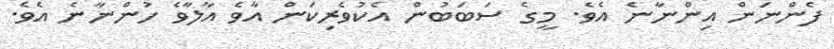
ފެންނަން އިންނާނެ އެވެ. މީގެ ސަބަބުން އެކުވެރިކަން އާވެ އާލާވެ ހުންނާނެ އެވެ.